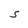
Character: S